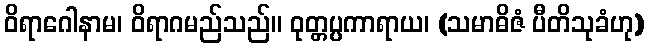
ဝိရာဂေါနာမ၊ ဝိရာဂမည်သည်။ ဝုတ္တပ္ပကာရာယ၊ (သမာဓိဇံ ပီတိသုခံဟု)